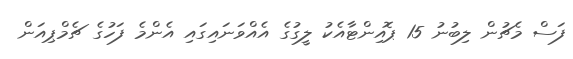
ފަސް މެޗުން ލިބުނު 15 ޕޮއިންޓާއެކު ލީގުގެ އެއްވަނައިގައި އެންމެ ފަހުގެ ޗެމްޕިއަން